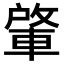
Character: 𮝕